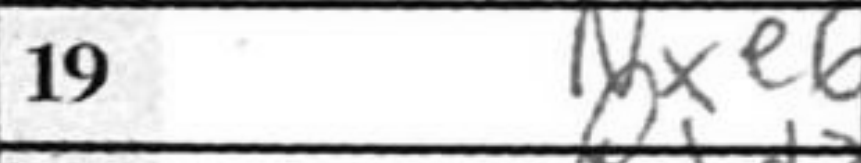
Transcription: Nxe6